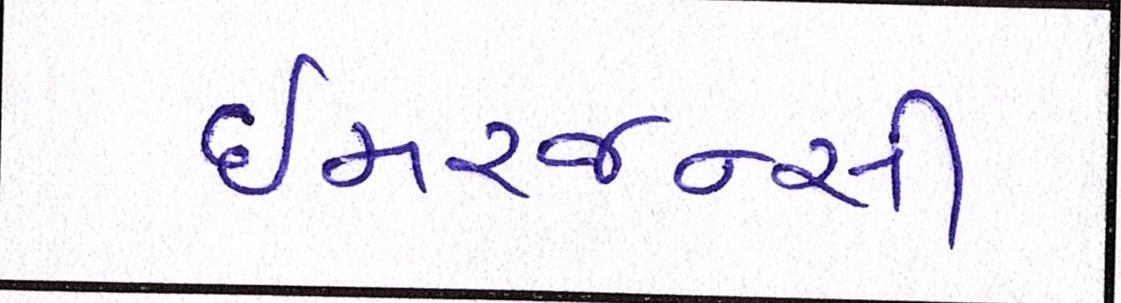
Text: ઇમરજન્સી